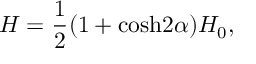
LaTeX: H = { \frac { 1 } { 2 } } ( 1 + \mathrm { c o s h } 2 \alpha ) H _ { 0 } ,